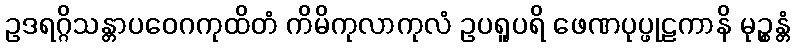
ဥဒရဂ္ဂိသန္တာပဝေဂကုထိတံ ကိမိကုလာကုလံ ဥပရူပရိ ဖေဏပုပ္ဖုဠကာနိ မုဉ္စန္တံ